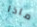
ماذا